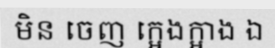
មិន ចេញ ក្អេងក្អាង ឯ